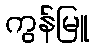
ကွန်မြူ